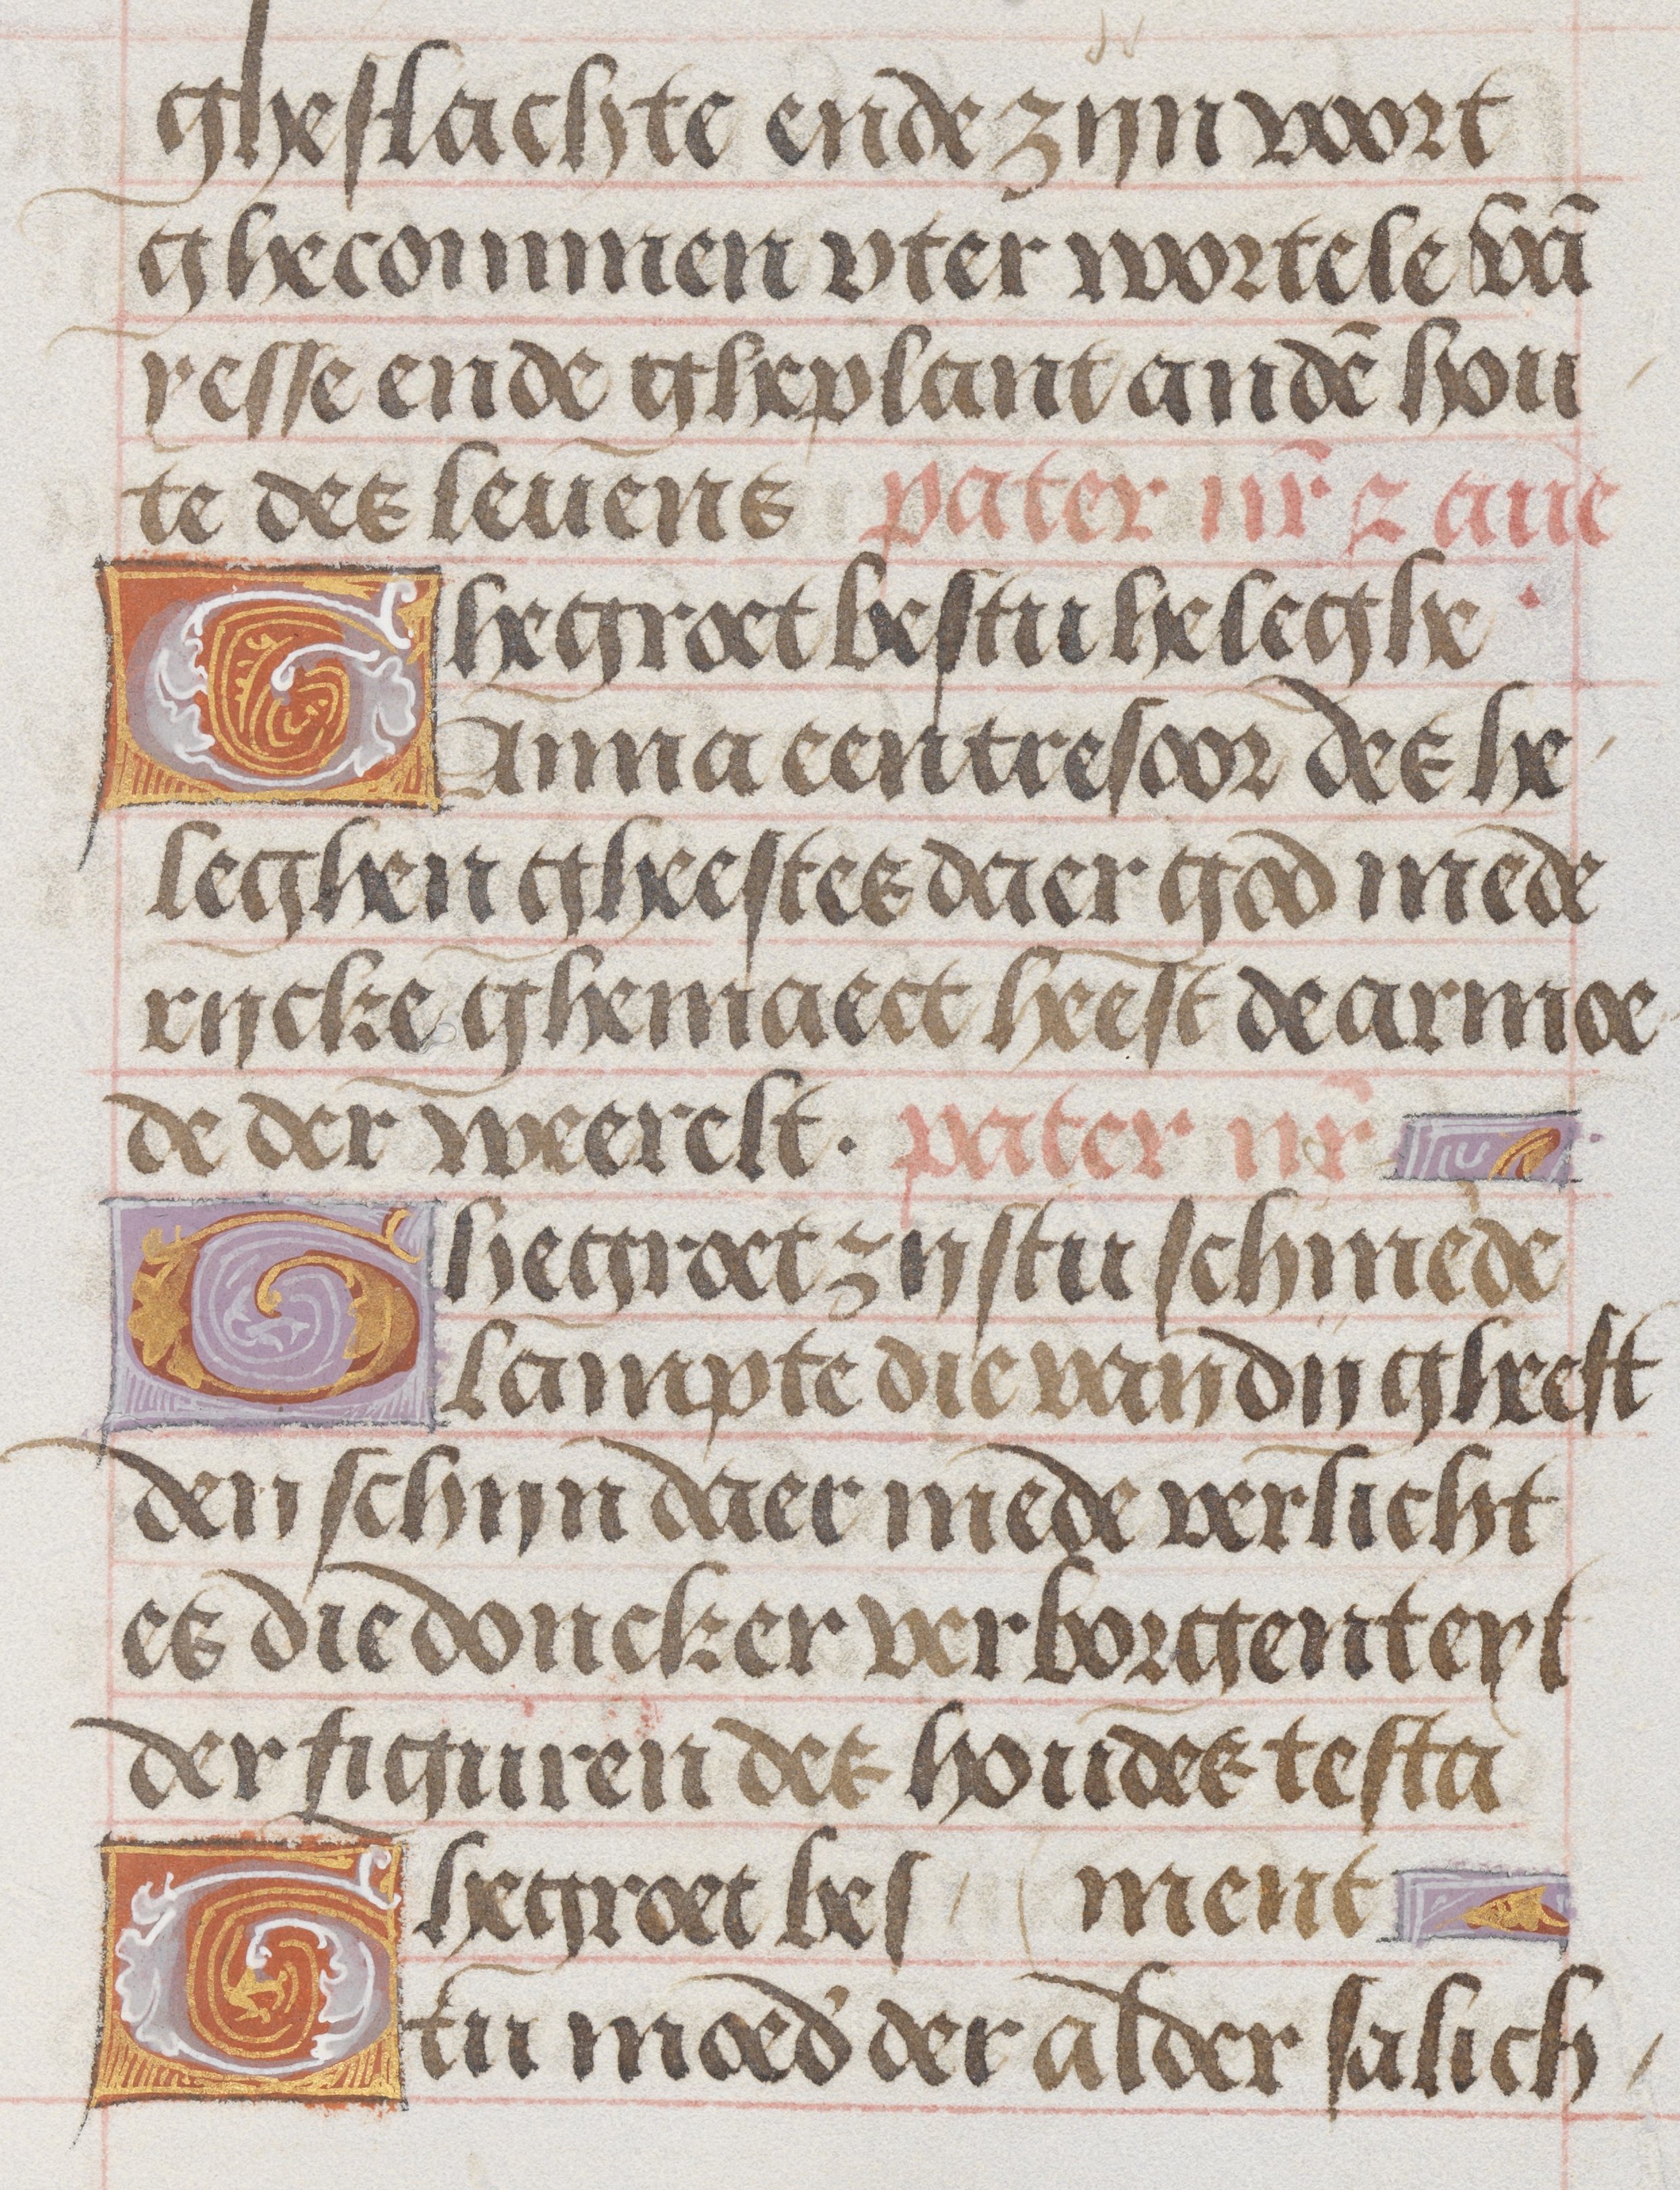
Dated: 1485–1515